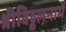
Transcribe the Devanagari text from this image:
श्रीविठ्ठलनामें